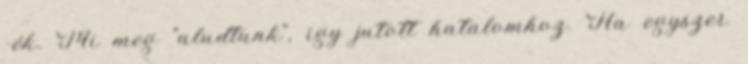
-ék. Mi meg "aludtunk", igy jutott hatalomhoz. Ha egyszer